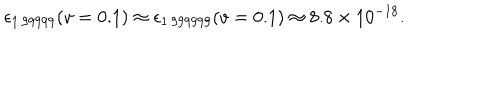
\epsilon _ { 1 . 9 9 9 9 9 } ( v = 0 . 1 ) \approx \epsilon _ { 1 . 9 9 9 9 9 9 } ( v = 0 . 1 ) \approx 8 . 8 \times 1 0 ^ { - 1 8 } .